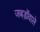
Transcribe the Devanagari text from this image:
जबड़ोंवाले